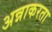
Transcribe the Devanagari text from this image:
अन्नाकरता